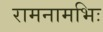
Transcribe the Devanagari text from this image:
रामनामभिः